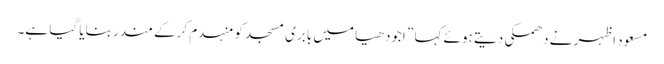
مسعود اظہر نے دھمکی دیتے ہوئے کہا ” اجودھیا میں بابری مسجد کو منہدم کرکے مندر بنایا گیا ہے۔